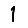
Digit: 1